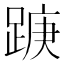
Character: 𮛭